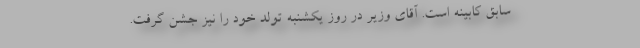
سابق کابینه است. آقای وزیر در روز یکشنبه تولد خود را نیز جشن گرفت.